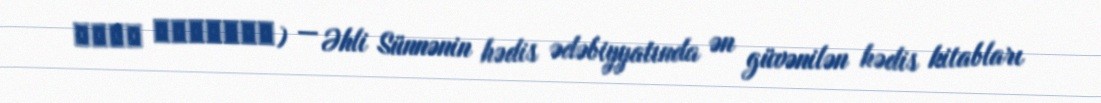
صحيح البخاري) — Əhli Sünnənin hədis ədəbiyyatında ən güvənilən hədis kitabları